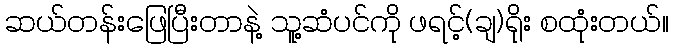
ဆယ်တန်းဖြေပြီးတာနဲ့ သူ့ဆံပင်ကို ဖရင့်(ချ)ရိုး စထုံးတယ်။